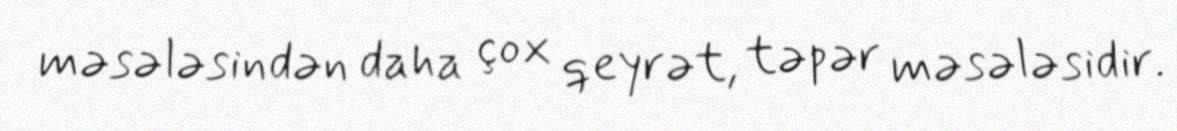
məsələsindən daha çox qeyrət, təpər məsələsidir.